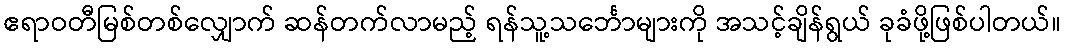
ဧရာဝတီမြစ်တစ်လျှောက် ဆန်တက်လာမည့် ရန်သူ့သင်္ဘောများကို အသင့်ချိန်ရွယ် ခုခံဖို့ဖြစ်ပါတယ်။